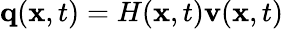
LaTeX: \mathbf{q}(\mathbf{x},t)=H(\mathbf{x},t)\mathbf{v}(\mathbf{x},t)